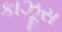
કાઝૂસ